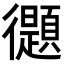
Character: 𢖤